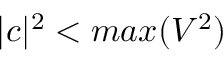
| c | ^ { 2 } < m a x ( V ^ { 2 } )